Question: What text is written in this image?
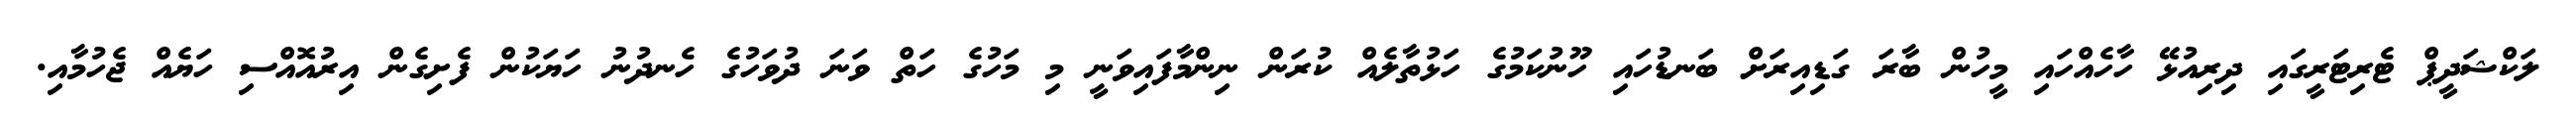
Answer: ލަކްޝަދީޕް ޓެރިޓަރީގައި ދިރިއުޅޭ ހާހެއްހައި މީހުން ބާރަ ގަޑިއިރަށް ބަނޑުހައި ހޫނުކަމުގެ ހަޅުތާލެއް ކުރަން ނިންމާފައިވަނީ މި މަހުގެ ހަތް ވަނަ ދުވަހުގެ ހެނދުނު ހަޔަކުން ފެށިގެން އިރުއޮއްސި ހަޔެއް ޖެހުމާއި.